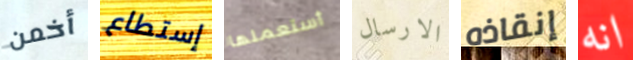
أخمن إستطاع أستعملها الارسال إنقاذه انه